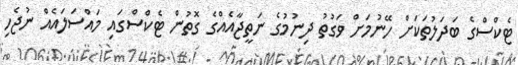
ޓެކްސްގެ ބަދަލުތަކަށް ހޭނުމަށް ވަގުތު ދިނުމުގެ ނަތީޖާއެއްގެ ގޮތުން ޓެކްސްގައި މައްސަލައެއް ނުޖެހި